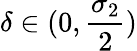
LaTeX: \delta\in(0,\frac{\sigma_{2}}{2})